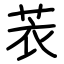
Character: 䒾